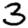
Digit: 3